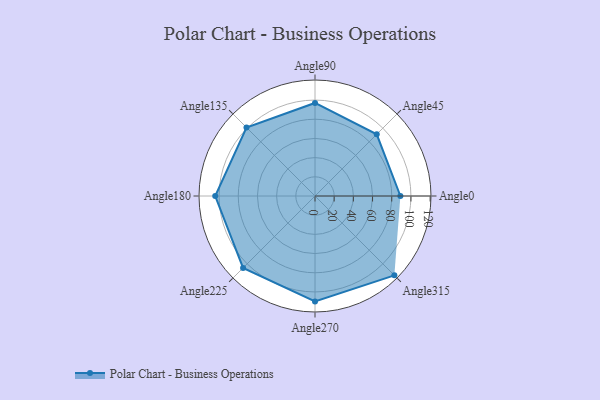
{"axis": {"x": "Angle", "y": "Radius"}, "legend": [""], "data": [{"x": "Angle0", "y": 89.0, "type": ""}, {"x": "Angle45", "y": 91.0, "type": ""}, {"x": "Angle90", "y": 97.0, "type": ""}, {"x": "Angle135", "y": 101.0, "type": ""}, {"x": "Angle180", "y": 104.0, "type": ""}, {"x": "Angle225", "y": 106.0, "type": ""}, {"x": "Angle270", "y": 110.0, "type": ""}, {"x": "Angle315", "y": 117.0, "type": ""}]}